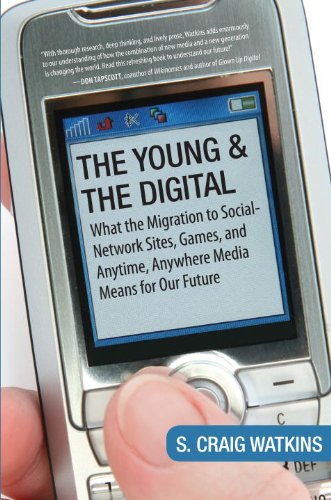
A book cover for The Young and the Digital: What the Migration to Social Network Sites, Games, and Anytime, Anywhere Media Means for Our Future; S. Craig Watkins; Computers & Technology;